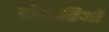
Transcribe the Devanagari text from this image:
ग्रेगोरिओ